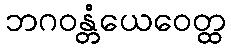
ဘဂဝန္တံယေဝေတ္ထ